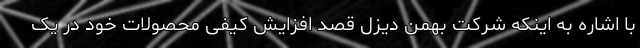
با اشاره به اینکه شرکت بهمن دیزل قصد افزایش کیفی محصولات خود در یک